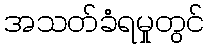
အသတ်ခံရမှုတွင်